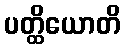
ပတ္ထိယောတိ